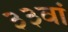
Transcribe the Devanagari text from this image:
३३वां